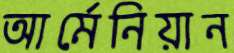
আর্মেনিয়ান